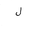
Letter: _lam